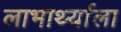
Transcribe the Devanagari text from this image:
लाभार्थ्याला